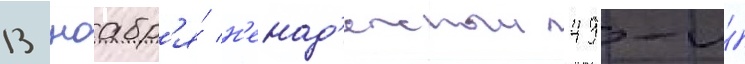
13 ноабр'я́ н'енад'ежныи 49-и́